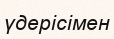
үдерісімен